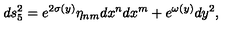
d s _ { 5 } ^ { 2 } = e ^ { 2 \sigma ( y ) } \eta _ { n m } d x ^ { n } d x ^ { m } + e ^ { \omega ( y ) } d y ^ { 2 } ,